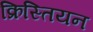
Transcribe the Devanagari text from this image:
क्रिस्तियन